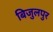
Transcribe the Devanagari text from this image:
बिजुलपुर